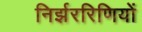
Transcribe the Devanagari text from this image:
निर्झररिणियों